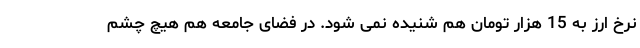
نرخ ارز به 15 هزار تومان هم شنیده نمی شود. در فضای جامعه هم هیچ چشم